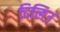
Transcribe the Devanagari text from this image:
दिलिउ